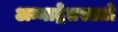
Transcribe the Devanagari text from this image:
अन्नाद्रेतस्ततो